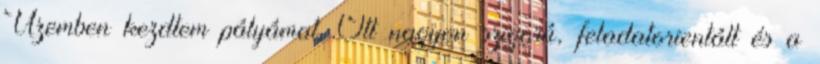
Üzemben kezdtem pályámat. Ott nagyon szigorú, feladatorientált és a